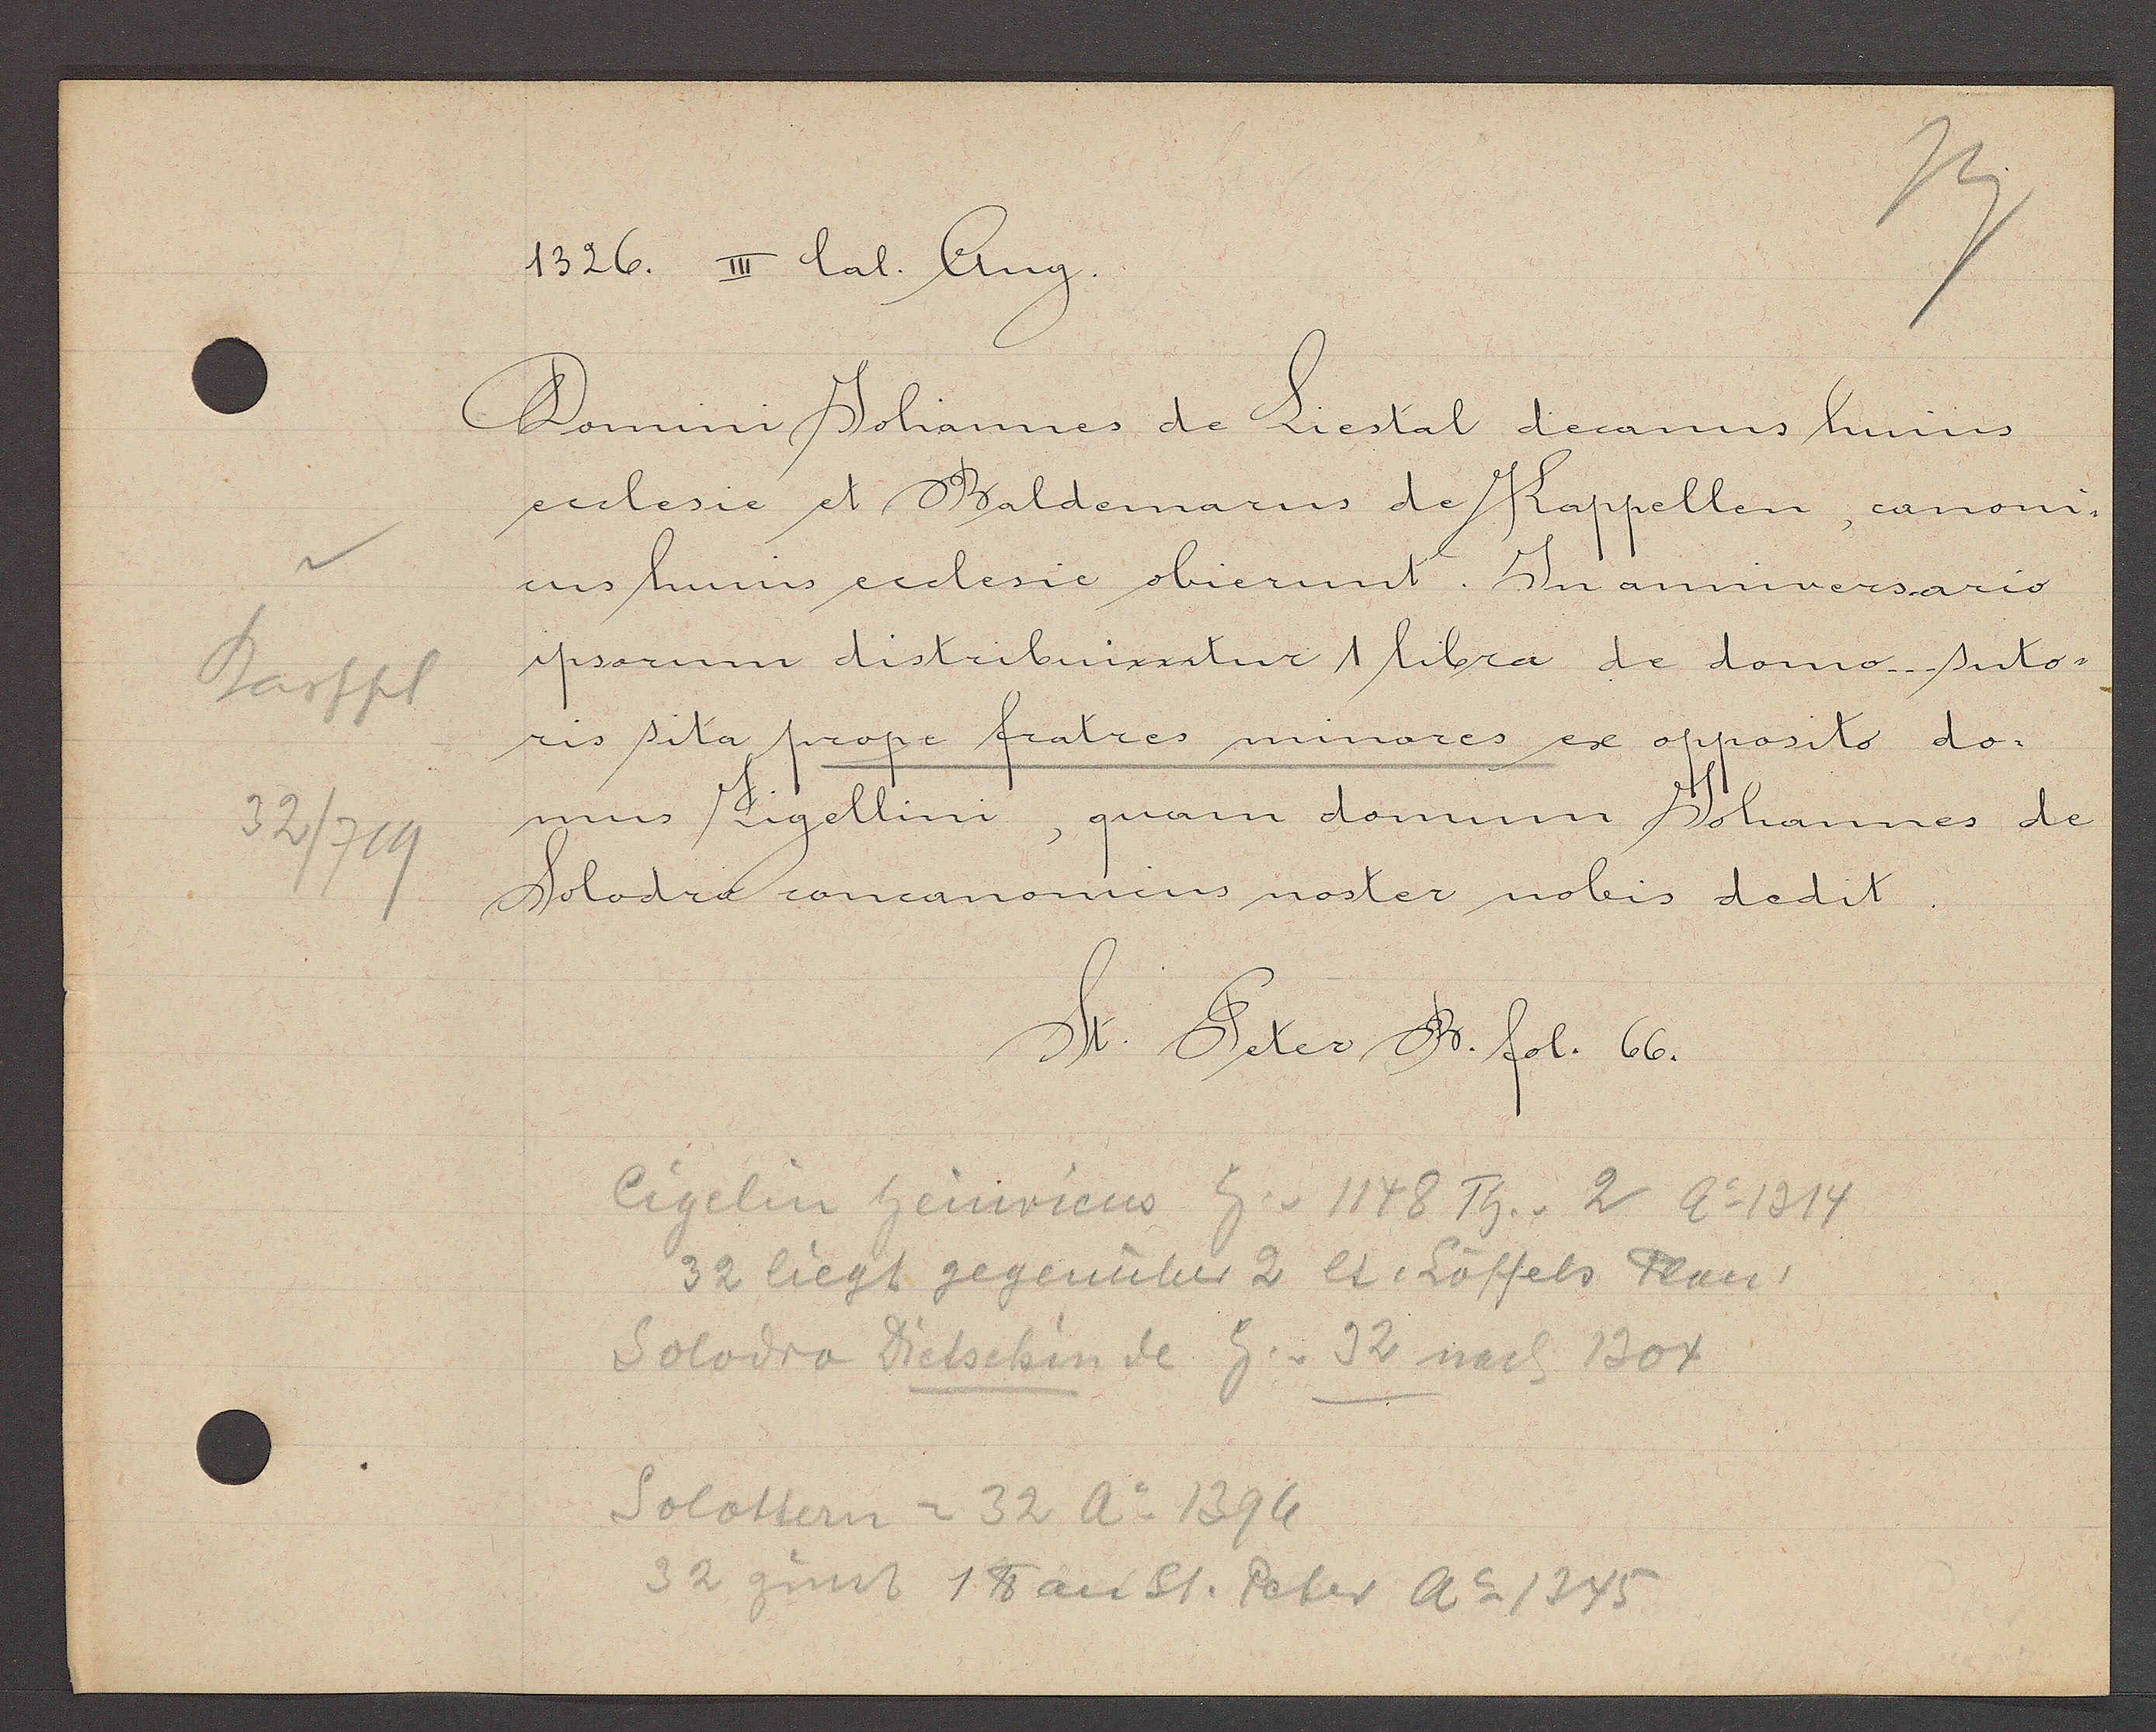
Transcript:
Barfpl
32/719

1526. III lal. Aug.

Domini Johannes de Liestal decanus huius
ecclesie et Baldemarus de Kappellen, canoni-
cus huius ecclesie obierunt. In annversario
ipsorum distribuixxitur 1 libra de domo suto-
ris sita prope fratres minores ex opposito do-
mus Zigellini, quam domum Johannes de
Solodra concanonicus noster nobis dedit.

St. Peter B. fol. 66.

Eigelin heinricus Eig. v. 1148 Th. v. 2 Ao 1314
32 liegt gegenüber 2 lt. Löffels Plan
Solodra Dietschin de Eig. v. 32 nach 1304
Solottern = 32 Ao 1394
32 zinst 1 ℔ an St. Peter Ao 1345